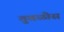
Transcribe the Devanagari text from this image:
तुवळीस